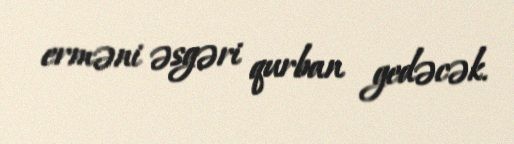
erməni əsgəri qurban gedəcək.